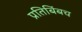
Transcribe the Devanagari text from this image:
प्रतिबिंबच